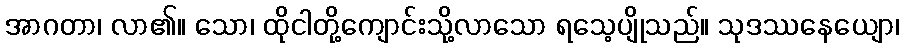
အာဂတာ၊ လာ၏။ သော၊ ထိုငါတို့ကျောင်းသို့လာသော ရသေ့ပျိုသည်။ သုဒဿနေယျော၊